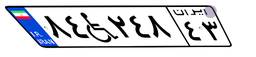
۸۴W۲۴۸۴۳